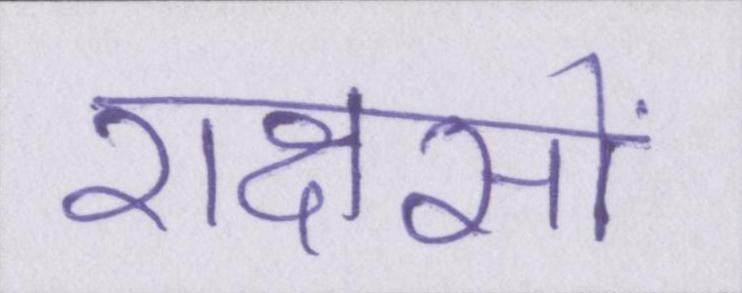
राक्षसों